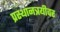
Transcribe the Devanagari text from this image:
प्रस्थानत्रयीवर